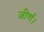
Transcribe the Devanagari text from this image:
जीर्ण।